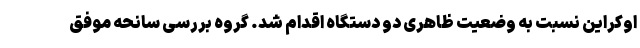
اوکراین نسبت به وضعیت ظاهری دو دستگاه اقدام شد. گروه بررسی سانحه موفق